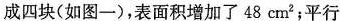
成四块(如图一)，表面积增加了48cm^{2}；平行